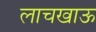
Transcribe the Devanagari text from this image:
लाचखाऊ